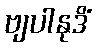
ဗျပါနုဒိံ